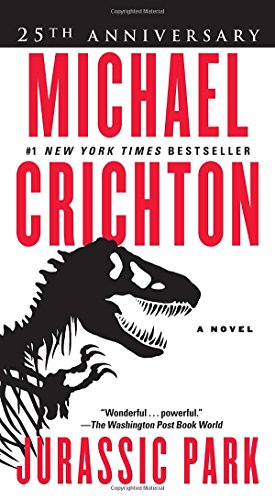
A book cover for Jurassic Park: A Novel; Michael Crichton; Mystery, Thriller & Suspense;